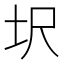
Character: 㘮